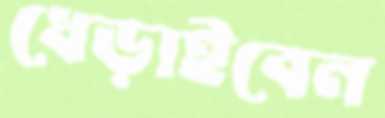
ধেড়াইবেন